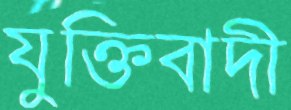
যুক্তিবাদী